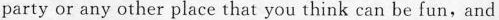
party or any other place that you think can be fun,and